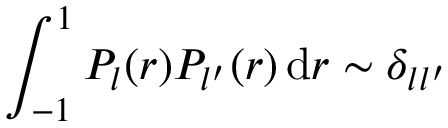
\int _ { - 1 } ^ { 1 } P _ { l } ( r ) P _ { l ^ { \prime } } ( r ) \, \mathrm { d } r \sim \delta _ { l l ^ { \prime } }